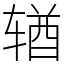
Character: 𬨎